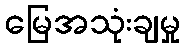
မြေအသုံးချမှု